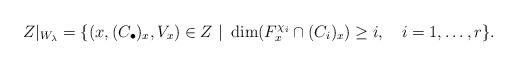
LaTeX: \begin{align*}Z|_{W_{\lambda}} = \{(x,(C_{\bullet})_x, V_x) \in Z \ |\ \dim ( F^{\chi_i}_x \cap(C_i)_x) \geq i, \ \ \ i=1,\dots,r \}.\end{align*}